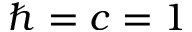
\hbar = c = 1